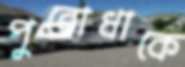
পুরোধাকে